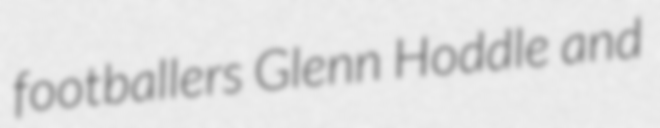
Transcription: footballers Glenn Hoddle and